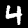
Label: 4